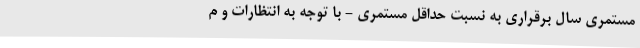
مستمری سال برقراری به نسبت حداقل مستمری - با توجه به انتظارات و م